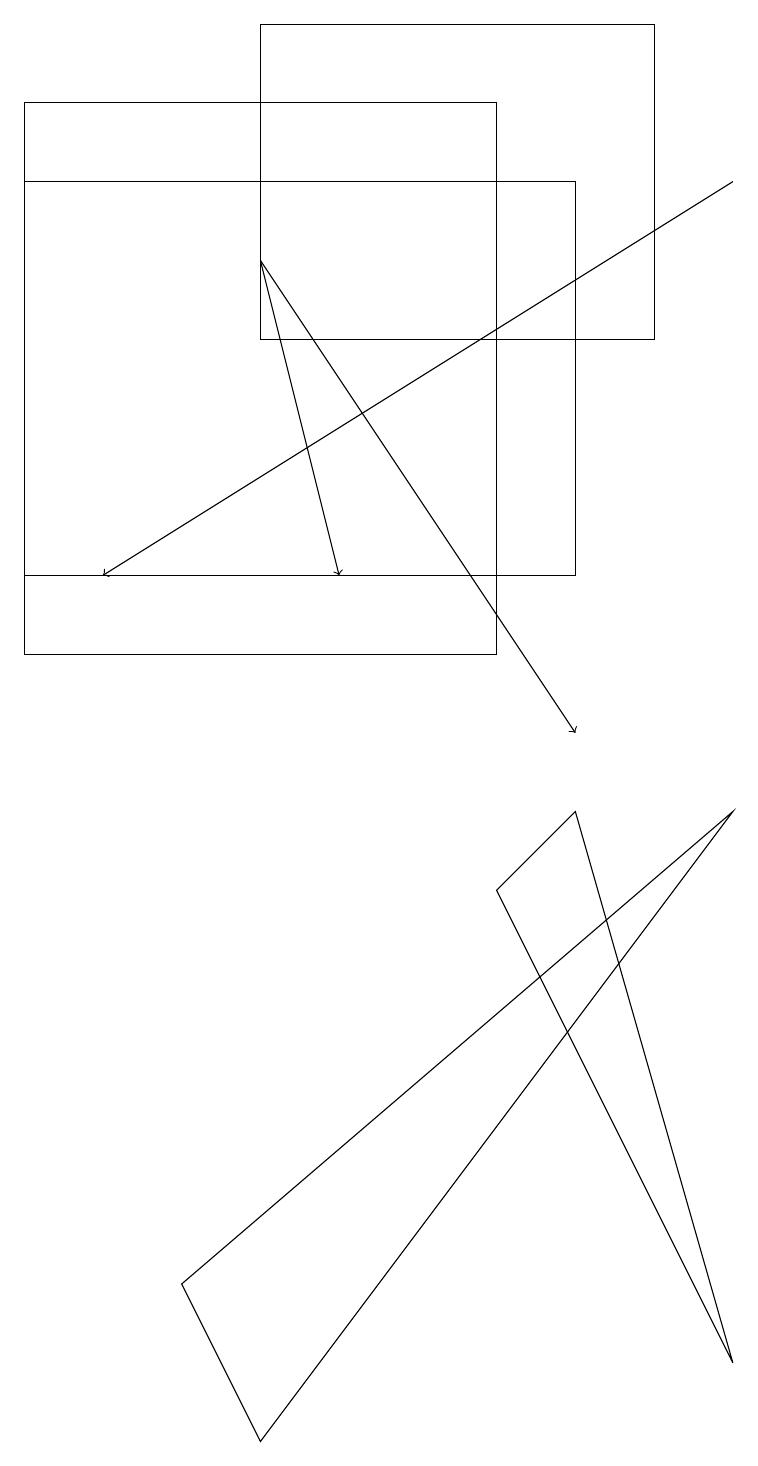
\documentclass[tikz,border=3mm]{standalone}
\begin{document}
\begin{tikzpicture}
\draw (0,11) rectangle (6,18);
\draw (3,15) rectangle (8,19);
\draw[->] (3,16) -- (4,12);
\draw (9,9) -- (3,1) -- (2,3) -- cycle;
\draw[->] (3,16) -- (7,10);
\draw (7,17) rectangle (0,12);
\draw (9,2) -- (7,9) -- (6,8) -- cycle;
\draw[->] (9,17) -- (1,12);
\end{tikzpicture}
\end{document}